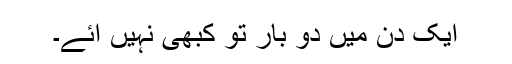
ایک دن میں دو بار تو کبھی نہیں آئے۔